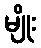
မျိုး